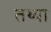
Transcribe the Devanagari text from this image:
तथ्या